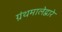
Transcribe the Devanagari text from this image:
ग्रंथमालेद्वारे